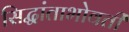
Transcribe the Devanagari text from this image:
सिद्धांताभोवती